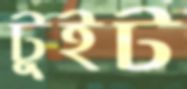
টুইট